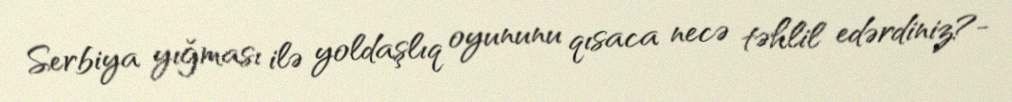
Serbiya yığması ilə yoldaşlıq oyununu qısaca necə təhlil edərdiniz?-